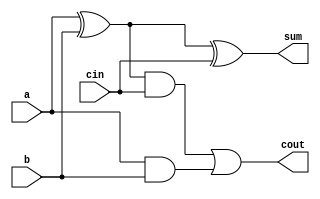
module FullAdder(input a, b, cin, output sum, cout);
  wire s1, c1, c2;
  
  xor gate1(s1, a, b);
  xor gate2(sum, s1, cin);
  and gate3(c1, s1, cin);
  and gate4(c2, a, b);
  or gate5(cout, c1, c2);
endmodule